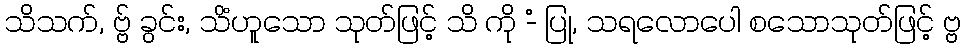
သိသက်, ဗ္ဗ် ခွင်း, သိံဟူသော သုတ်ဖြင့် သိ ကို -ံ ပြု, သရလောပေါ စသောသုတ်ဖြင့် ဗ္ဗ